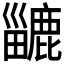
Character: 𪋍